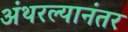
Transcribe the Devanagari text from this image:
अंथरल्यानंतर